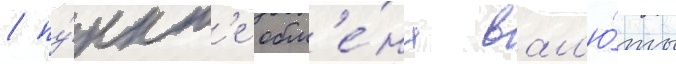
/ пу́нкт'е обм'е́на вал'ю́ты